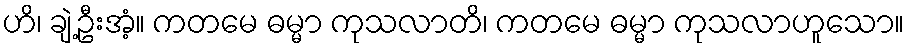
ဟိ၊ ချဲ့ဦးအံ့။ ကတမေ ဓမ္မာ ကုသလာတိ၊ ကတမေ ဓမ္မာ ကုသလာဟူသော။